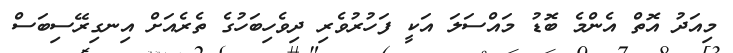
މިއަދު އޮތް އެންމެ ބޮޑު މައްސަލަ އަކީ ފަހުރުވެރި ދިވެހިބަހުގެ ތެރެއަށް އިނގިރޭސިބަސް